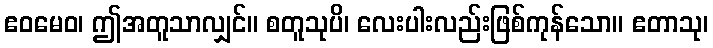
ဧဝမေဝ၊ ဤအတူသာလျှင်။ စတူသုပိ၊ လေးပါးလည်းဖြစ်ကုန်သော။ ဧတာသု၊